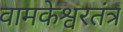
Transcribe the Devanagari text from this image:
वामकेश्वरतंत्र